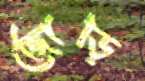
জোড়ি